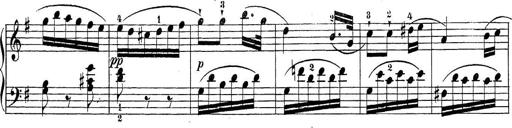
Title: Sonatina Album
Composer: Louis KÃ¶hler